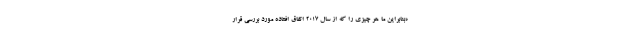
«بنابراین ما هر چیزی را که از سال ۲۰۱۷ اتفاق افتاده مورد بررسی قرار